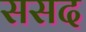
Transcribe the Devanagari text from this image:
ससद